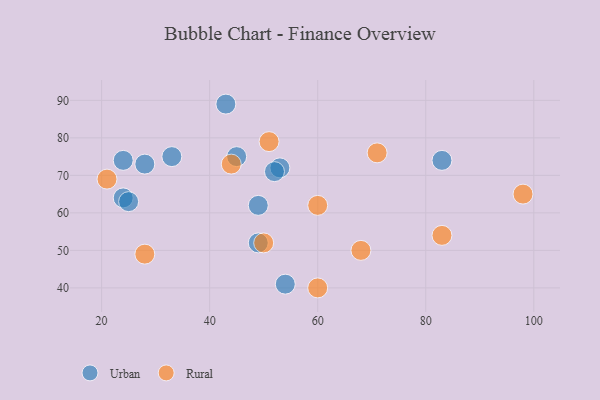
{"axis": {"x": "GDP", "y": "Life Expectancy"}, "legend": ["Rural", "Urban"], "data": [{"x": "54", "y": 41, "type": "Urban"}, {"x": "43", "y": 89, "type": "Urban"}, {"x": "45", "y": 75, "type": "Urban"}, {"x": "83", "y": 74, "type": "Urban"}, {"x": "53", "y": 72, "type": "Urban"}, {"x": "49", "y": 52, "type": "Urban"}, {"x": "24", "y": 74, "type": "Urban"}, {"x": "28", "y": 73, "type": "Urban"}, {"x": "24", "y": 64, "type": "Urban"}, {"x": "52", "y": 71, "type": "Urban"}, {"x": "49", "y": 62, "type": "Urban"}, {"x": "25", "y": 63, "type": "Urban"}, {"x": "33", "y": 75, "type": "Urban"}, {"x": "51", "y": 79, "type": "Rural"}, {"x": "83", "y": 54, "type": "Rural"}, {"x": "98", "y": 65, "type": "Rural"}, {"x": "60", "y": 40, "type": "Rural"}, {"x": "21", "y": 69, "type": "Rural"}, {"x": "50", "y": 52, "type": "Rural"}, {"x": "68", "y": 50, "type": "Rural"}, {"x": "60", "y": 62, "type": "Rural"}, {"x": "44", "y": 73, "type": "Rural"}, {"x": "71", "y": 76, "type": "Rural"}, {"x": "28", "y": 49, "type": "Rural"}]}